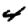
Digit: 4